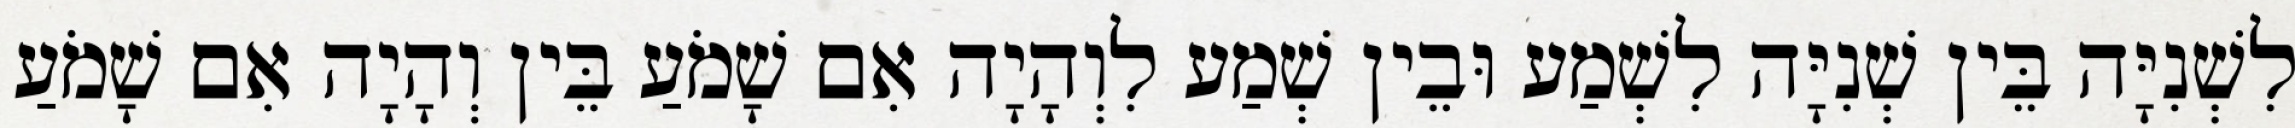
לִשְׁנִיָּה בֵּין שְׁנִיָּה לִשְׁמַע וּבֵין שְׁמַע לִוְהָיָה אִם שָׁמֹעַ בֵּין וְהָיָה אִם שָׁמֹעַ